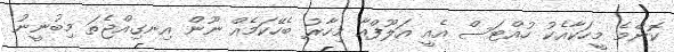
ކޮންމެ މީހަކާއެކު ހުއްޓަސް އެއީ އަލޫފްއާ މިހާރު ބެހޭކަމެެއް ނޫން އިނގިއްޖެތަ މިބުނީނު